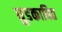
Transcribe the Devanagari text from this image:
धुडकावित